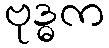
ဗုဒ္ဓက